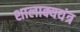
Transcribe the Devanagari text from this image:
शालाक्ययंत्र